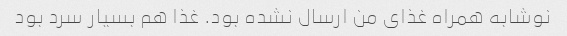
نوشابه همراه غذای من ارسال نشده بود. غذا هم بسیار سرد بود